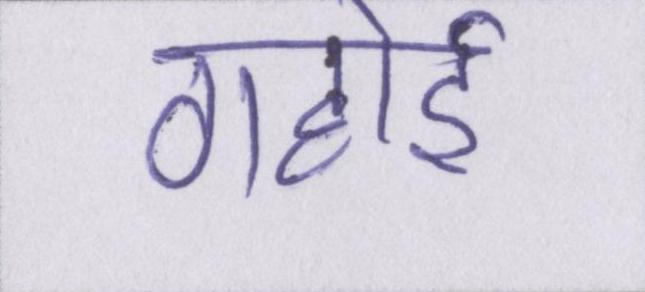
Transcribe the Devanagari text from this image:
गहोई